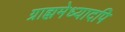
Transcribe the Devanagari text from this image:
ग्राह्ममेध्यादपि